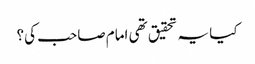
کیا یہ تحقیق تھی امام صاحب کی؟